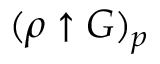
( \rho \uparrow G ) _ { p }